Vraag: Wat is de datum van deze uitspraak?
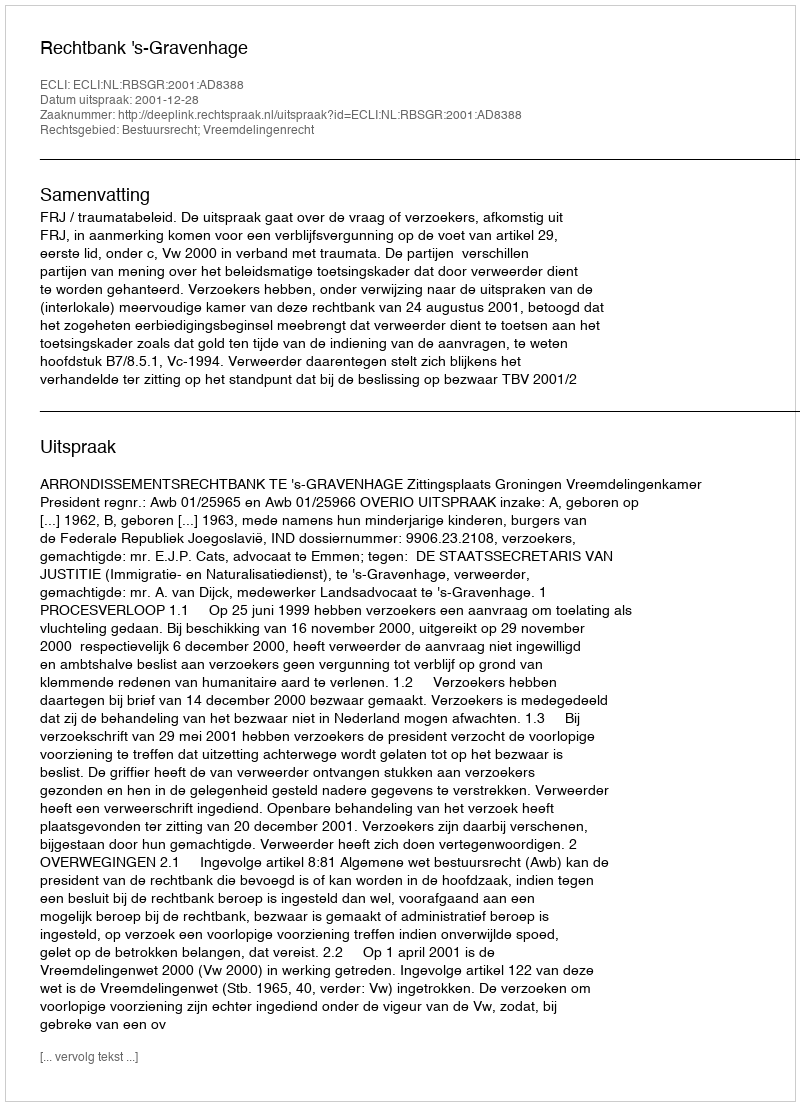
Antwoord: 2001-12-28